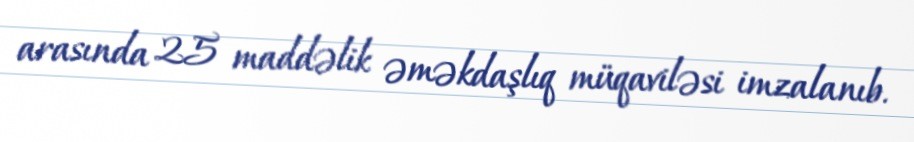
arasında 25 maddəlik əməkdaşlıq müqaviləsi imzalanıb.